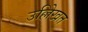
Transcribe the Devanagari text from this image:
उल्लेिखत